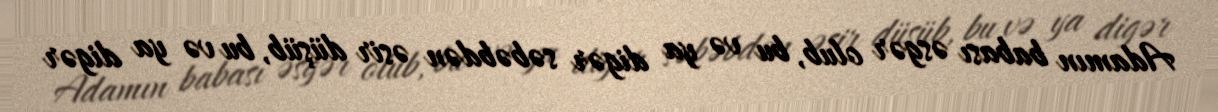
Adamın babası əsgər olub, bu və ya digər səbəbdən əsir düşüb, bu və ya digər